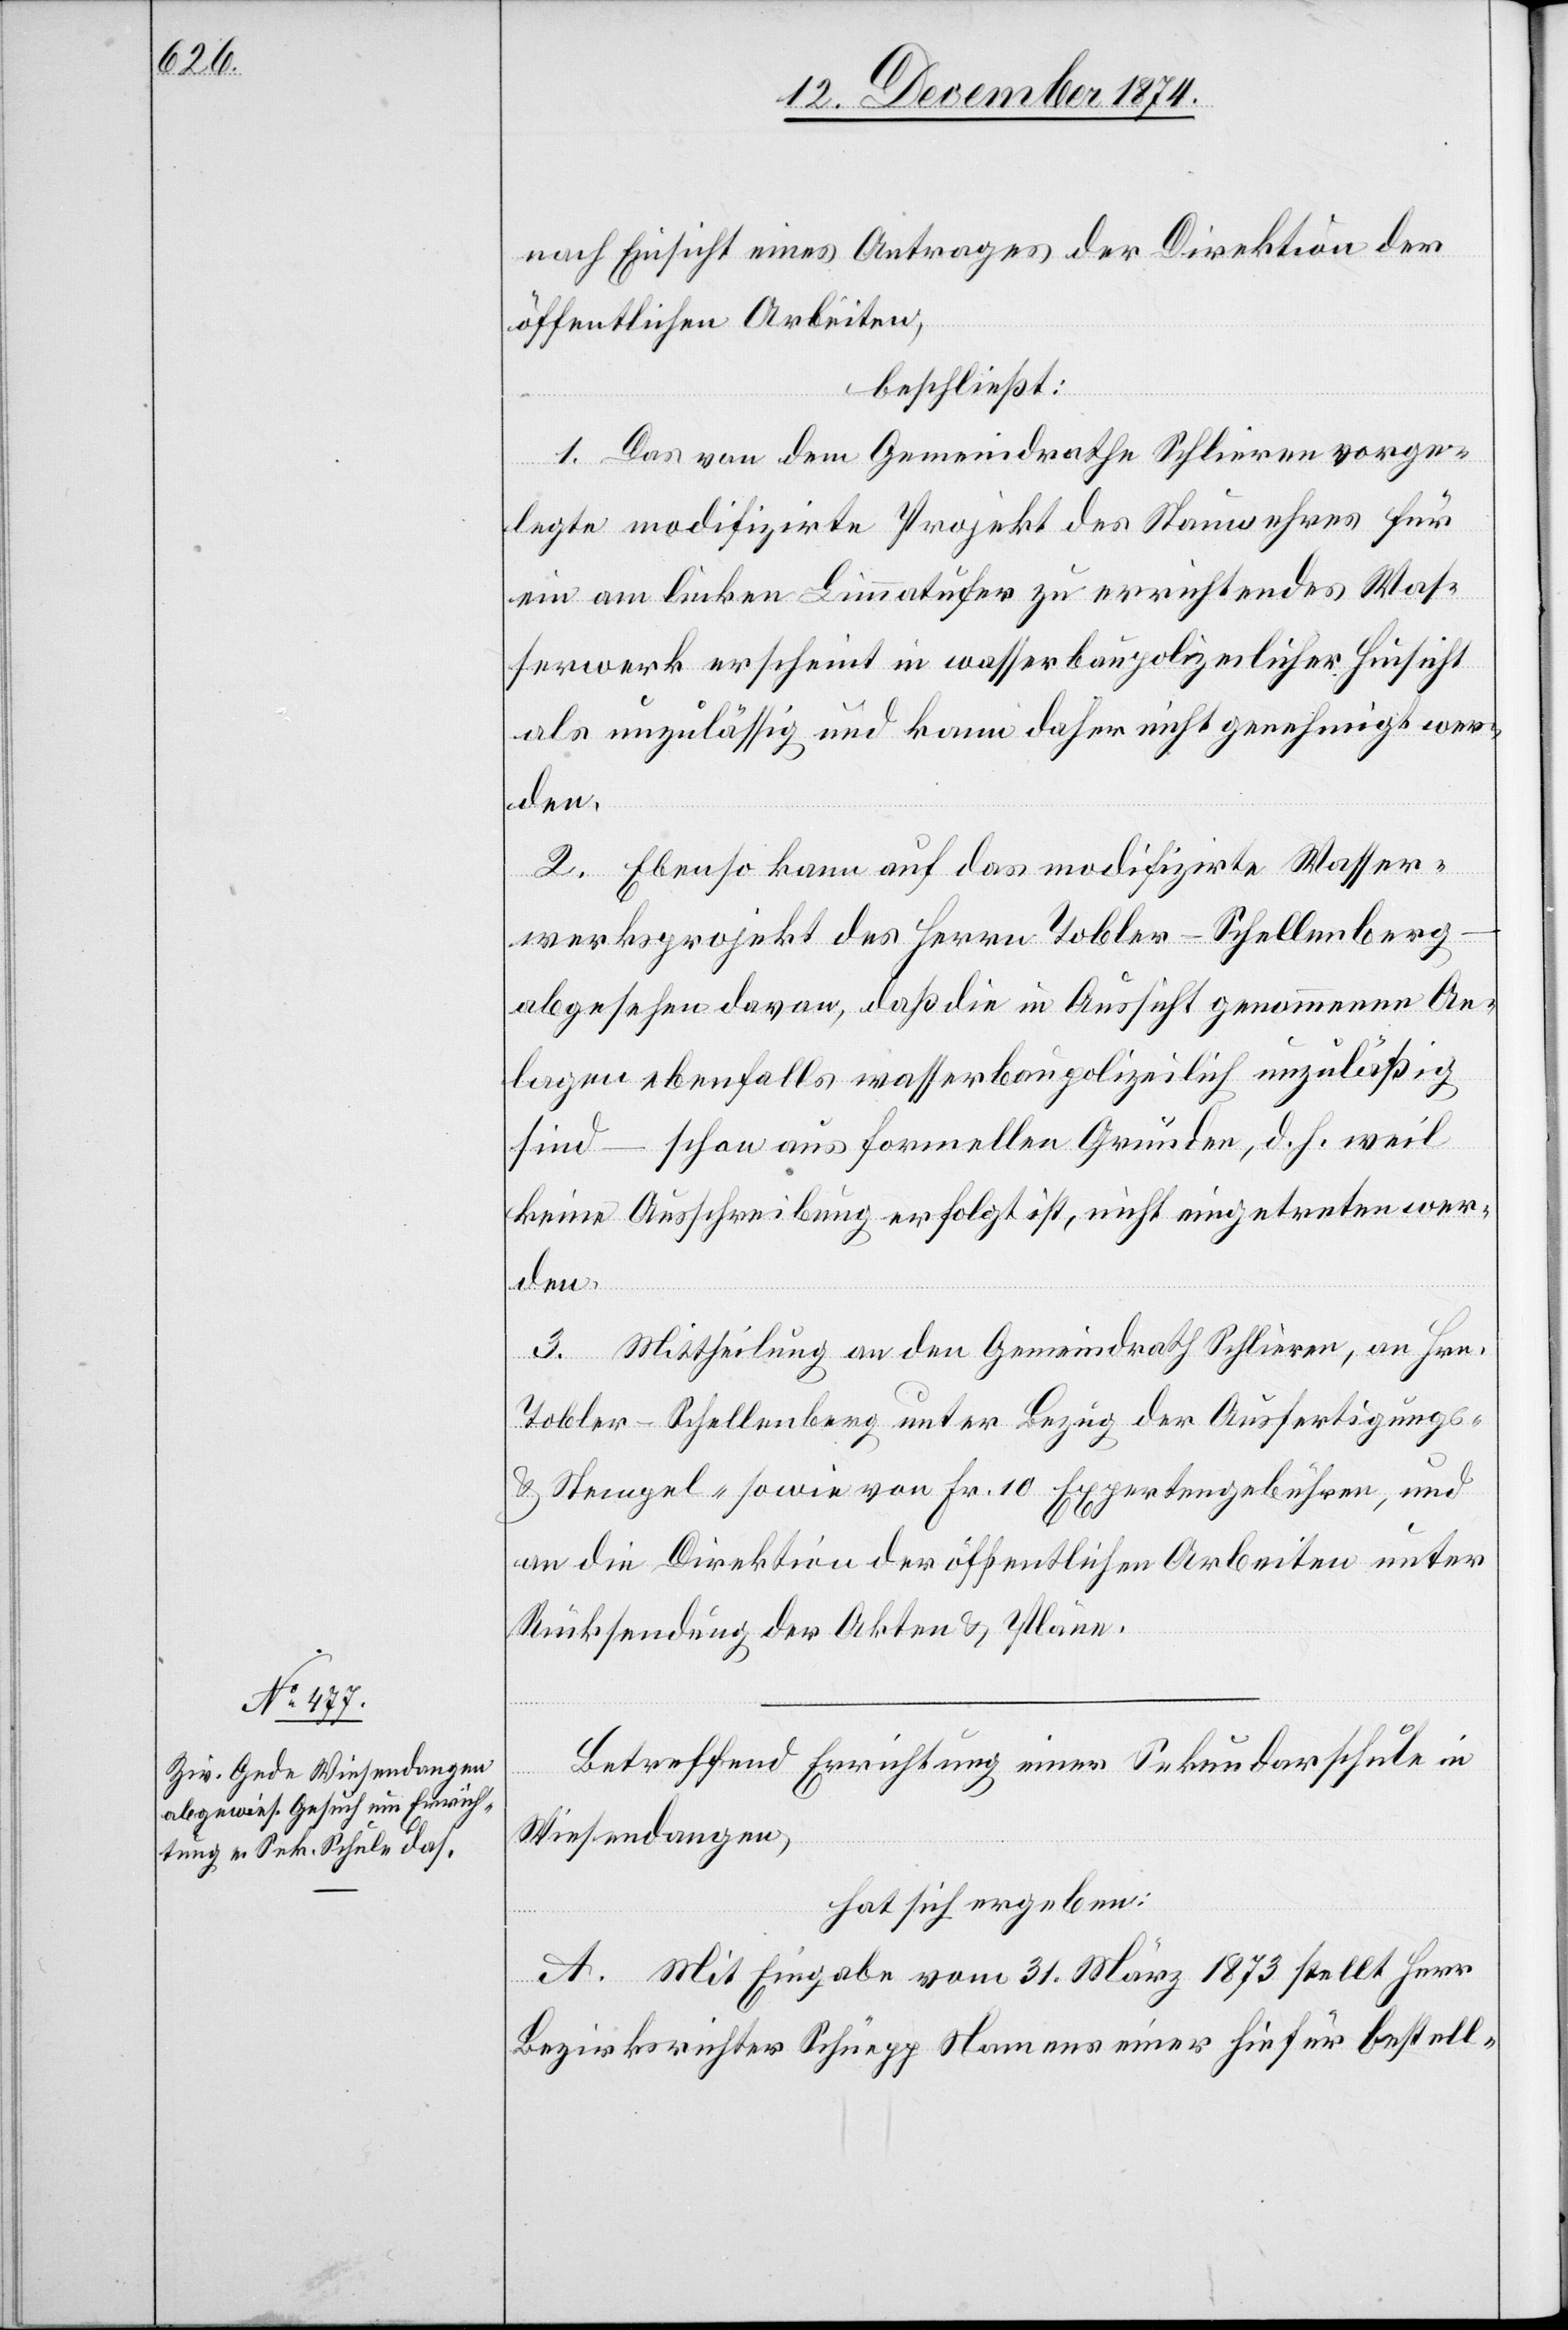
Betreffend Errichtung einer Sekundarschule in
Wiesendangen,
hat sich ergeben:
A. Mit Eingabe vom 31. März 1873 stellt Herr
Bezirksrichter Schüepp Namens einer hiefür bestell-